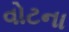
વોટના